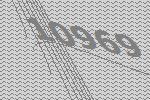
10969